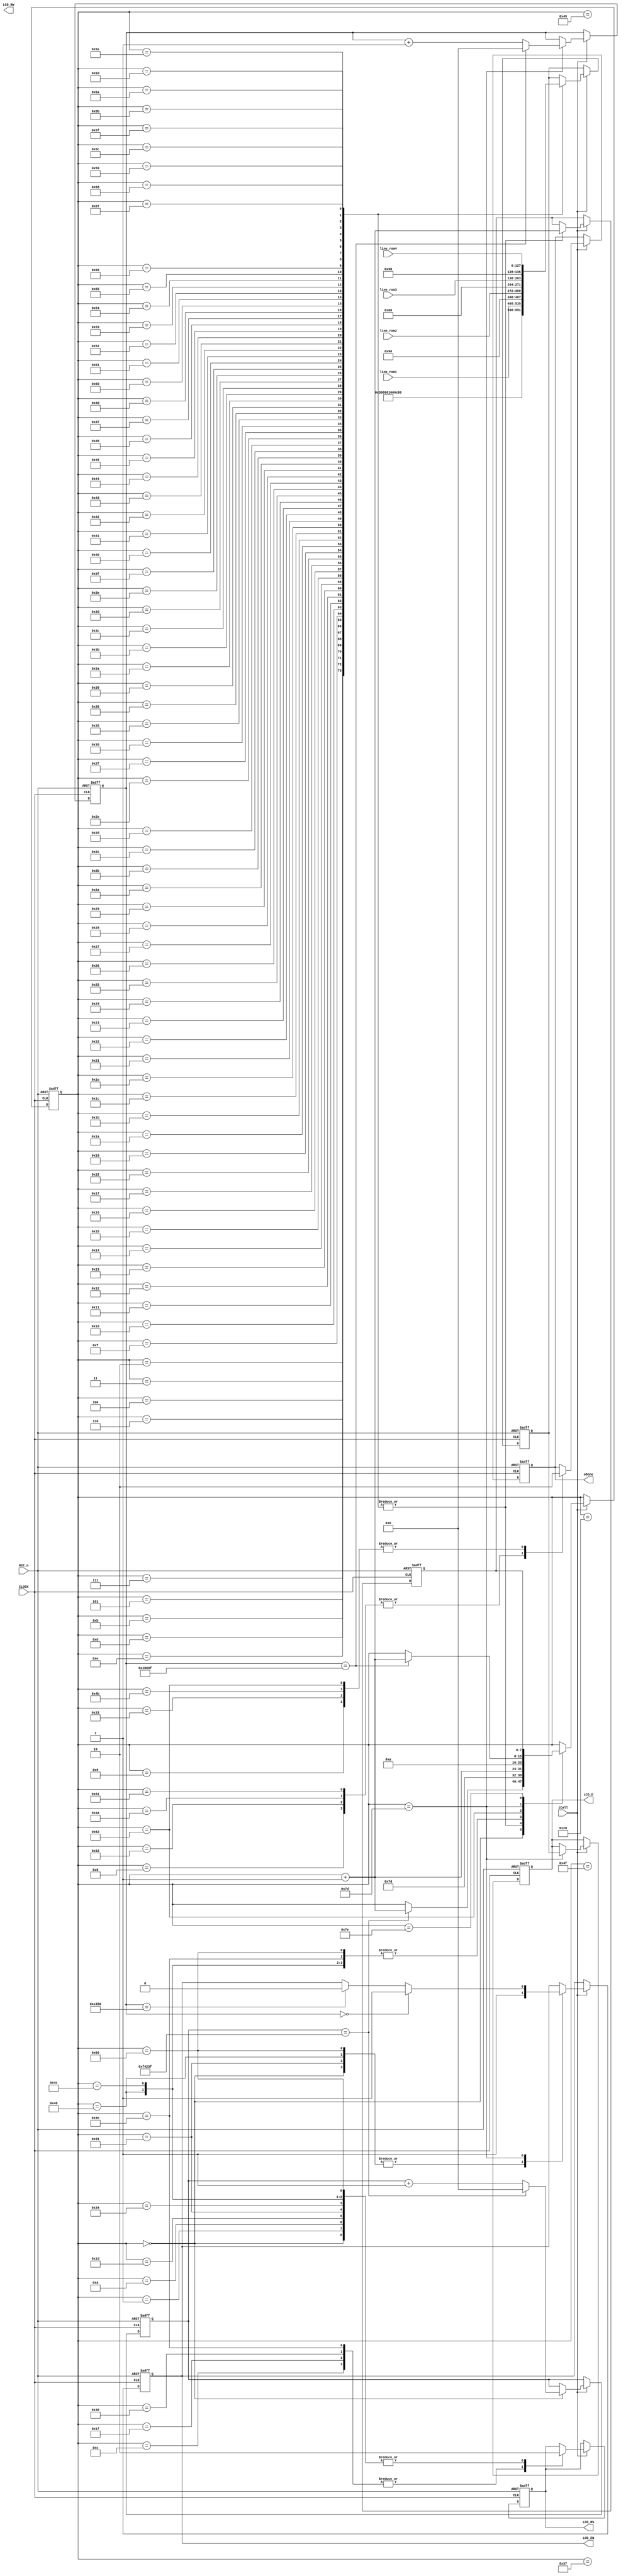
//****************************************************************************//
//# @Author: 
//# @Date:   2019-05-19 21:06:32
//# @Last Modified by:   zlk
//# @WeChat Official Account: OpenFPGA
//# @Last Modified time: 2019-07-07 17:28:02
//# Description: 
//# @Modification History: 2019-05-19 20:58:19
//# Date			    By			   VerDATAn			   Change Description: 
//# ========================================================================= #
//# 2019-05-19 20:58:19
//# ========================================================================= #
//# |                                          								| #
//# |                                OpenFPGA     							| #
//****************************************************************************//
module lcd_funcmod
(
    input CLOCK, RST_n,

	//lcd1602 interface
	output 				LCD_RS,		//H: Data; L: Instruction code
	output				LCD_RW,		//H: Read; L: Write
	output  			LCD_EN,		//LCD1602 Chip enable signal
	output		[7:0]	LCD_D,		//LCD1602 Data interface

	input		[127:0]	line_rom1,	//LCD1602 1th row display
	input		[127:0]	line_rom2,	//LCD1602 2th row display
	input		[127:0]	line_rom3,	//LCD1602 2th row display
	input		[127:0]	line_rom4,	//LCD1602 2th row display
	//Signal
	input iCall,
	output oDone
);	 
	 parameter DELAY_TIME = 1000_000;   //Delay for 20ms
	 //localparam DELAY_TIME = 20'd1000;		//Just for test
	 parameter FCLK = 20'd100_000, FHALF = 20'd50_000; // 500hz,(1/500hz)/(1/50Mhz) FCLK 
	 //localparam FCLK = 20'd100, FHALF = 20'd50;        //Just for test
	 parameter FF_Write = 8'd125;//FHALF   //tsp1
	 //localparam FF_Write = 20'd16;        //Just for test
	
	 
	 assign LCD1602_RW=1'b0;
	 reg [19:0]C1,C2;
    reg [7:0]i,Go;
	 reg [7:0]T; //D1  T 
	 reg rRS, rEN; 
	 reg [7:0]rDATA;
	 reg isDone; //isQ  IO 
	 
//LCD1602 init
localparam	DISP_SET	= 	8'h30;	//Display mode: Set 16X2,5X8, 8 bits data
localparam 	DISP_OFF	= 	8'h08;	//Display off
localparam 	CLR_SCR 	= 	8'h01;	//Clear the LCD
localparam 	CURSOR_SET1 = 	8'h06;	//Set Cursor
localparam 	CURSOR_SET2 = 	8'h0C;	//Display on
//Display 1th line	
localparam 	ROW1_ADDR	= 	8'h80;	//Line1's first address	

//Display 2th line
localparam 	ROW2_ADDR	= 	8'h90;	//Line2's first address	

//Display 3th line
localparam 	ROW3_ADDR	= 	8'h88;	//Line3's first address	

//Display 4th line
localparam 	ROW4_ADDR	= 	8'h98;	//Line4's first address	

    always @ ( posedge CLOCK or negedge RST_n )	
	     if( !RST_n )
		      begin
				    { C1,C2 } <={ 20'd0,20'd0 };
				    { i,Go } <= { 8'd0,8'd0 };
					 T  <= 8'd0;
					 { rRS, rEN, rDATA } <= 3'b000;
					  isDone <= 1'b0;
				end
/***********************************************************************
 0 
 1 
 2  3~4 
***********************************************************************/
		   else if( iCall )
			    case( i )
				     
					0://20ms
					    begin 
					    	{ rRS,rEN } <= 2'b01; 
					  		if( C2 == DELAY_TIME -1) begin C2 <= 20'd0; i <= i + 1'b1; end
							else C2 <= C2 + 1'b1;
					    end
				
					1:
					    begin  rRS <=1'b0;i <= i + 1'b1; end //{ rRS,rEN } <= 2'b01;
						 
					2:
					    begin T <= 8'h00; i <= FF_Write; Go <= i + 1'b1; end   //IDLE

					3:
					    begin T <= DISP_SET; i <= FF_Write; Go <= i + 1'b1; end

					4:
					    begin T <= DISP_OFF; i <= FF_Write; Go <= i + 1'b1; end

					5:
					    begin T <= CLR_SCR; i <= FF_Write; Go <= i + 1'b1; end

					6:
					    begin T <= CURSOR_SET1; i <= FF_Write; Go <= i + 1'b1; end

					7:
						 begin T <= CURSOR_SET2; i <= FF_Write; Go <= i + 1'b1; end
						
						
					8:
					    begin isDone <= 1'b1; i <= i + 1'b1; end
					  
					9:
					    begin isDone <= 1'b0; i <= i + 1'b1; end

					10:
					    begin rRS <=1'b0; i <= i + 1'b1; end//{ rRS,rEN } <= 2'b00;
					11:
						 begin T <= ROW1_ADDR; i <= FF_Write; Go <= i + 1'b1; end
					12:
					    begin rRS <=1'b1; i <= i + 1'b1; end//{ rRS,rEN } <= 2'b11;
						 
					13:
						 begin T <= line_rom1[127:120]; i <= FF_Write; Go <= i + 1'b1; end
					14:
						 begin T <= line_rom1[119:112]; i <= FF_Write; Go <= i + 1'b1; end
					15:
						 begin T <= line_rom1[111:104]; i <= FF_Write; Go <= i + 1'b1; end							
					16:
						 begin T <= line_rom1[103: 96]; i <= FF_Write; Go <= i + 1'b1; end
					17:
						 begin T <= line_rom1[ 95: 88]; i <= FF_Write; Go <= i + 1'b1; end
					18:
						 begin T <= line_rom1[ 87: 80]; i <= FF_Write; Go <= i + 1'b1; end
					19:
						 begin T <= line_rom1[ 79: 72]; i <= FF_Write; Go <= i + 1'b1; end
					20:
						 begin T <= line_rom1[ 71: 64]; i <= FF_Write; Go <= i + 1'b1; end
					21:
						 begin T <= line_rom1[ 63: 56]; i <= FF_Write; Go <= i + 1'b1; end
					22:
						 begin T <= line_rom1[ 55: 48]; i <= FF_Write; Go <= i + 1'b1; end
					23:
						 begin T <= line_rom1[ 47: 40]; i <= FF_Write; Go <= i + 1'b1; end
					24:
						 begin T <= line_rom1[ 39: 32]; i <= FF_Write; Go <= i + 1'b1; end
					25:
						 begin T <= line_rom1[ 31: 24]; i <= FF_Write; Go <= i + 1'b1; end
					26:
						 begin T <= line_rom1[ 23: 16]; i <= FF_Write; Go <= i + 1'b1; end
					27:
						 begin T <= line_rom1[ 15:  8]; i <= FF_Write; Go <= i + 1'b1; end
					28:
						 begin T <= line_rom1[  7:  0]; i <= FF_Write; Go <= i + 1'b1; end

				    /**********************************************************************/
					29:
					    begin rRS <=1'b0; i <= i + 1'b1; end//{ rRS,rEN } <= 2'b00;
					30:
						 begin T <= ROW2_ADDR; i <= FF_Write; Go <= i + 1'b1; end
					31:
					    begin  rRS <=1'b1;i <= i + 1'b1; end//{ rRS,rEN } <= 2'b11;
				    32:
						i <= i + 1'b1;
					33:
						begin T <= line_rom2[127:120]; i <= FF_Write; Go <= i + 1'b1; end
				    34:
						begin T <= line_rom2[119:112]; i <= FF_Write; Go <= i + 1'b1; end
					35:
						begin T <= line_rom2[111:104]; i <= FF_Write; Go <= i + 1'b1; end							
					36:
						begin T <= line_rom2[103: 96]; i <= FF_Write; Go <= i + 1'b1; end
					37:
						begin T <= line_rom2[ 95: 88]; i <= FF_Write; Go <= i + 1'b1; end
					38:
						begin T <= line_rom2[ 87: 80]; i <= FF_Write; Go <= i + 1'b1; end
					39:
						begin T <= line_rom2[ 79: 72]; i <= FF_Write; Go <= i + 1'b1; end
					40:
						begin T <= line_rom2[ 71: 64]; i <= FF_Write; Go <= i + 1'b1; end
					41:
						begin T <= line_rom2[ 63: 56]; i <= FF_Write; Go <= i + 1'b1; end
					42:
						begin T <= line_rom2[ 55: 48]; i <= FF_Write; Go <= i + 1'b1; end
					43:
						begin T <= line_rom2[ 47: 40]; i <= FF_Write; Go <= i + 1'b1; end
					44:
						begin T <= line_rom2[ 39: 32]; i <= FF_Write; Go <= i + 1'b1; end
					45:
						begin T <= line_rom2[ 31: 24]; i <= FF_Write; Go <= i + 1'b1; end
					46:
						begin T <= line_rom2[ 23: 16]; i <= FF_Write; Go <= i + 1'b1; end
					47:
						begin T <= line_rom2[ 15:  8]; i <= FF_Write; Go <= i + 1'b1; end
					48:
						begin T <= line_rom2[  7:  0]; i <= FF_Write; Go <= i + 1'b1; end//Go <= i + 1'b1;
					49:
					    begin { rRS,rEN } <= 2'b01; i <= i + 1'b1; end 

					50:
					  begin isDone <= 1'b1; i <= i + 1'b1; end
					  
					51:
					  begin isDone <= 1'b0; i <= i + 1'b1; end//
					  
/************				**********************************************************/
					52:
						begin rRS <=1'b0; i <= i + 1'b1; end//{ rRS,rEN } <= 2'b00;
					53:
						begin T <= ROW3_ADDR; i <= FF_Write; Go <= i + 1'b1; end
					54:
						begin  rRS <=1'b1;i <= i + 1'b1; end//{ rRS,rEN } <= 2'b11;
				    55:
						i <= i + 1'b1;
					56:
						begin T <= line_rom3[127:120]; i <= FF_Write; Go <= i + 1'b1; end
				    57:
						begin T <= line_rom3[119:112]; i <= FF_Write; Go <= i + 1'b1; end
					58:
						begin T <= line_rom3[111:104]; i <= FF_Write; Go <= i + 1'b1; end							
					59:
						begin T <= line_rom3[103: 96]; i <= FF_Write; Go <= i + 1'b1; end
					60:
						begin T <= line_rom3[ 95: 88]; i <= FF_Write; Go <= i + 1'b1; end
					61:
						begin T <= line_rom3[ 87: 80]; i <= FF_Write; Go <= i + 1'b1; end
					62:
						begin T <= line_rom3[ 79: 72]; i <= FF_Write; Go <= i + 1'b1; end
					63:
						begin T <= line_rom3[ 71: 64]; i <= FF_Write; Go <= i + 1'b1; end
					64:
						begin T <= line_rom3[ 63: 56]; i <= FF_Write; Go <= i + 1'b1; end
					65:
						begin T <= line_rom3[ 55: 48]; i <= FF_Write; Go <= i + 1'b1; end
					66:
						begin T <= line_rom3[ 47: 40]; i <= FF_Write; Go <= i + 1'b1; end
					67:
						begin T <= line_rom3[ 39: 32]; i <= FF_Write; Go <= i + 1'b1; end
					68:
						begin T <= line_rom3[ 31: 24]; i <= FF_Write; Go <= i + 1'b1; end
					69:
						begin T <= line_rom3[ 23: 16]; i <= FF_Write; Go <= i + 1'b1; end
					70:
						begin T <= line_rom3[ 15:  8]; i <= FF_Write; Go <= i + 1'b1; end
					71:
						begin T <= line_rom3[  7:  0]; i <= FF_Write; Go <= i + 1'b1; end//Go <= i + 1'b1;
					72:
					   begin { rRS,rEN } <= 2'b01; i <= i + 1'b1; end 
					73:i <= i + 1'b1;

					74:
						begin isDone <= 1'b1; i <= i + 1'b1; end
						
					75:
						begin isDone <= 1'b0; i <= i + 1'b1; end//

/***************			*******************************************************/
					76:
						begin rRS <=1'b0; i <= i + 1'b1; end//{ rRS,rEN } <= 2'b00;
					77:
						begin T <= ROW4_ADDR; i <= FF_Write; Go <= i + 1'b1; end
					78:
						begin  rRS <=1'b1;i <= i + 1'b1; end//{ rRS,rEN } <= 2'b11;
				    79:
						i <= i + 1'b1;
					80:
						begin T <= line_rom4[127:120]; i <= FF_Write; Go <= i + 1'b1; end
				    81:
						begin T <= line_rom4[119:112]; i <= FF_Write; Go <= i + 1'b1; end
					82:
						begin T <= line_rom4[111:104]; i <= FF_Write; Go <= i + 1'b1; end							
					83:
						begin T <= line_rom4[103: 96]; i <= FF_Write; Go <= i + 1'b1; end
					84:
						begin T <= line_rom4[ 95: 88]; i <= FF_Write; Go <= i + 1'b1; end
					85:
						begin T <= line_rom4[ 87: 80]; i <= FF_Write; Go <= i + 1'b1; end
					86:
						begin T <= line_rom4[ 79: 72]; i <= FF_Write; Go <= i + 1'b1; end
					87:
						begin T <= line_rom4[ 71: 64]; i <= FF_Write; Go <= i + 1'b1; end
					88:
						begin T <= line_rom4[ 63: 56]; i <= FF_Write; Go <= i + 1'b1; end
					89:
						begin T <= line_rom4[ 55: 48]; i <= FF_Write; Go <= i + 1'b1; end
					90:
						begin T <= line_rom4[ 47: 40]; i <= FF_Write; Go <= i + 1'b1; end
					91:
						begin T <= line_rom4[ 39: 32]; i <= FF_Write; Go <= i + 1'b1; end
					92:
						begin T <= line_rom4[ 31: 24]; i <= FF_Write; Go <= i + 1'b1; end
					93:
						begin T <= line_rom4[ 23: 16]; i <= FF_Write; Go <= i + 1'b1; end
					94:
						begin T <= line_rom4[ 15:  8]; i <= FF_Write; Go <= i + 1'b1; end
					95:
						begin T <= line_rom4[  7:  0]; i <= FF_Write; Go <= i + 1'b1; end//Go <= i + 1'b1;
					96:
						begin { rRS,rEN } <= 2'b01; i <= i + 1'b1; end 

					97:
						begin isDone <= 1'b1; i <= i + 1'b1; end
					
					98:
						begin isDone <= 1'b0; i <= 8'd10; end//					  	

					  /******************/
					  
					125:
					  begin

					      rDATA <= T;//
							
						if( C1 == 0 ) rEN <= 1'b1;
 					    else if( C1 == FHALF ) rEN <= 1'b0;
					  
					    if( C1 == FCLK -1) begin C1 <= 20'd0; i <= i + 1'b1; end
						else C1 <= C1 + 1'b1;
					  end
					  
					126:
					  i <= Go;
					  
				 endcase
       
/***********************************************************************
 rDATA  LCD1602_D_DATA D  oData	
***********************************************************************/
		assign { LCD_RS,LCD_EN } = { rRS,rEN };
		assign LCD_D = rDATA ;  //isQ ? rDATA : 1'bz;
		assign oDone = isDone;

endmodule